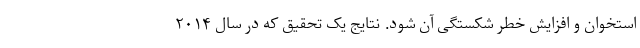
استخوان و افزایش خطر شکستگی آن شود. نتایج یک تحقیق که در سال ۲۰۱۴